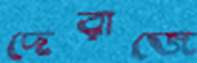
দেরাজে